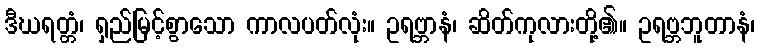
ဒီဃရတ္တံ၊ ရှည်မြင့်စွာသော ကာလပတ်လုံး။ ဥရဗ္ဘာနံ၊ ဆိတ်ကုလားတို့၏။ ဥရဗ္ဘဘူတာနံ၊